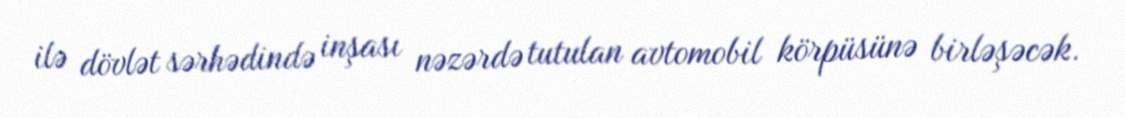
ilə dövlət sərhədində inşası nəzərdə tutulan avtomobil körpüsünə birləşəcək.